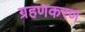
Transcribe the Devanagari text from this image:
ग्रहणकरण